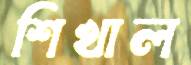
শিখাল